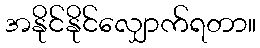
အနိုင်နိုင်လျှောက်ရတာ။